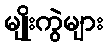
မျိုးကွဲများ